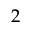
2